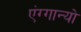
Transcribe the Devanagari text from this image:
एंग्गान्यो